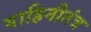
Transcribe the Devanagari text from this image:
वाहिनीतंत्र